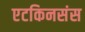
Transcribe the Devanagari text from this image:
एटकिनसंस